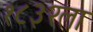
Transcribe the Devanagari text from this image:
१८३२ला